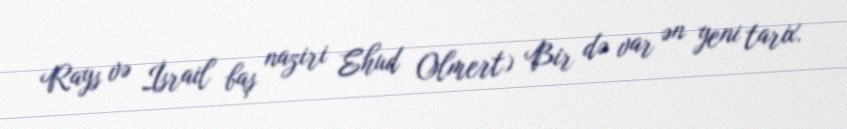
Rays və İsrail baş naziri Ehud Olmert) Bir də var ən yeni tarix.